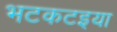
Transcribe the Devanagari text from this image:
भटकटइया